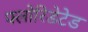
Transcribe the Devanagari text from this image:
फ्लोरिडेटेड